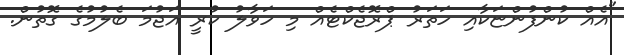
"އެއް ކުންފުންޏަކާއި ހަތަރު ޕްރޮޖެކްޓެއް މި ހަވާލު ކުރީ އަޖުމަ ބެލުމުގެ ގޮތުން.